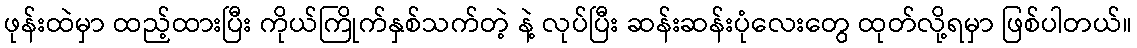
ဖုန်းထဲမှာ ထည့်ထားပြီး ကိုယ်ကြိုက်နှစ်သက်တဲ့ နဲ့ လုပ်ပြီး ဆန်းဆန်းပုံလေးတွေ ထုတ်လို့ရမှာ ဖြစ်ပါတယ်။